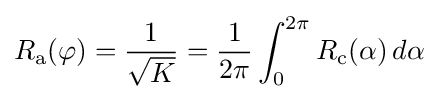
R_{\text{a}}(\varphi )={\frac {1}{\sqrt {K}}}={\frac {1}{2\pi }}\int _{0}^{2\pi }R_{\text{c}}(\alpha )\,d\alpha